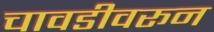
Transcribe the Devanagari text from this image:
चावडीवरून